Vaccination in Burma 1912-1922 - 1912-1922
Year: 1912
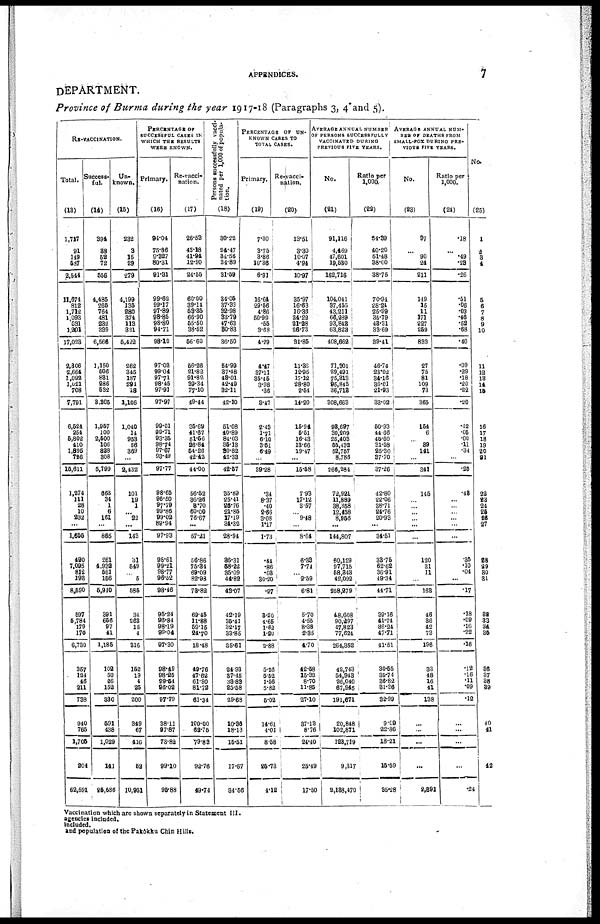
APPENDICES.
7
DEPARTMENT.
Province of Burma during the year 1917-18 (Paragraphs 3, 4 and 5).
RE-VACCINATION.
Total.
(13)
1,717
91
149
587
2,544
11,674
812
1,712
1,093
531
1,201
17,023
2,306
2,664
1,092
1,021
708
7,791
6,524
254
5,802
410
1,895
726
15,611
1,274
111
28
10
232
...
1,666
490
7,095
812
193
8,590
597
5,784
179
170
6,730
357
124
46
211
738
940
765
1,705
204
62,591
Success-
ful.
(14)
394
38
52
72
556
4,485
265
764
481
232
339
6,566
1,150
506
831
286
532
3,305
1,957
100
2,500
106
828
308
5,799
663
34
1
6
161
...
865
261
4,932
561
156
5,910
391
656
97
41
1,185
102
50
26
152
380
591
438
1,029
141
25,686
Un-
known.
(15)
232
8
15
29
279
4,199
135
280
374
113
321
5,422
262
345
187
291
18
1,106
1,040
14
953
56
369
...
2,432
101
19
1
...
22
...
143
31
549
...
5
585
31
263
15
4
316
152
19
4
25
200
349
67
416
52
10,951
PERCENTAGE OF
SUCCESSFUL CASES IN
WHICH THE RESULTS
WERE KNOWN.
Primary.
(16)
94.04
75.86
9.327
80.31
91.31
99.62
99.17
97.89
98.85
98.80
94.71
98.10
97.03
99.04
97.71
98.45
97.91
97.97
99.01
99.71
93.36
98.74
97.67
93.49
97.77
98.65
96.50
97.79
99.86
99.02
...
97.93
98.61
99.21
98.77
96.52
98.46
95.24
96.84
98.19
99.04
97.30
98.49
98.25
99.54
96.02
97.79
38.11
97.87
73.82
99.10
95.88
Re-vacci-
nation.
(17)
26.53
43.18
41.94
12.90
24.55
60.00
39.14
58.35
66.90
55.50
38.52
56.60
56.26
21.82
91.82
39.34
77.10
49.44
35.69
41.67
51.56
26.84
54.26
42.42
44.00
56.52
36.96
3.70
60.00
76.67
...
57.21
56.86
75.34
69.09
82.98
73.82
69.45
11.88
59.15
24.70
18.48
49.76
47.62
61.90
81.72
61.34
100.00
62.75
79.83
92.76
49.74
Persons successfully vacci-
nated per 1,000 of popula-
tion.
(18)
30.22
24.47
34.56
34.89
31.59
34.05
37.33
32.98
83.79
47.63
80.83
36.50
54.99
37.48
43.01
42.49
32.11
42.10
51.08
40.89
84.03
35.13
30.82
42.33
42.57
35.89
25.41
26.76
21.85
17.19
34.32
28.94
36.31
58.22
35.09
44.82
43.07
42.19
35.41
32.17
33.85
35.61
24.93
87.45
38.83
25.58
29.68
10.36
18.13
15.51
17.67
34.56
PERCENTAGE
OF
UN-
----- CASES TO
TOTAL CASES.
Primary.
(19)
7.30
3.75
3.86
10.36
6.91
16.64
29.56
4.86
50.99
.55
3.68
4.29
4.47
37.11
35.45
3.98
.36
3.47
2.13
1.71
6.10
3.51
6.49
...
39.28
.34
8.37
.40
2.66
3.08
1.17
1.73
.44
.86
.03
30.20
.97
3.20
4.65
1.62
1.20
2.88
5.26
5.52
1.56
5.82
5.02
14.61
4.01
8.58
25.73
4.12
Re-vacci-
nation.
(20)
13.51
3.30
10.07
4.94
10.97
35.97
16.63
16.36
34.22
21.28
26.73
31.85
11.36
12.95
17.12
28.80
2.54
14.20
15.94
5.51
16.43
13.66
19.47
...
15.58
7.93
17.12
3.57
...
9.48
...
8.64
6.33
7.74
...
2.59
6.81
5.70
4.55
8.38
2.35
4.70
42.58
15.32
8.70
11.85
27.10
37.13
8.76
24.40
25.49
17.50
AVERAGE ANNUAL NUMBER
OF PERSONS SUCCESSFULLY
VACCINATED DURING
PREVIOUS FIVE YEARS.
No.
(21)
91,116
4,469
47,601
19,530
162,716
104,041
37,455
43,211
66,289
93,843
63,823
108,662
71,901
29,491
75,313
95,845
36,713
308,663
93,697
30,209
25,403
55,432
52,757
8,786
266,284
72,921
11,889
38,358
12,458
8,956
...
144,807
60,129
97,715
58,343
42,092
258,279
48,608
90,297
47,823
77,624
264,352
12,743
54,943
26,040
67,945
191,671
20,848
102,871
123,719
9,317
2,138,470
Ratio per
1,000.
(22)
34.39
40.20
51.48
38.00
38.75
70.94
28.24
25.99
35.79
48.31
33.69
39.41
46.74
23.02
34.16
36.01
21.93
33.02
50.93
44.66
45.60
31.58
25.30
37.70
37.26
42.80
22.06
38.71
24.76
20.93
...
34.51
33.75
62.62
36.91
49.34
44.71
39.16
41.74
36.24
47.71
41.51
30.55
35.74
36.82
31.36
32.99
9.09
22.86
18.21
15.59
35.28
AVERAGE ANNUAL NUM-
BER OF DEATHS FROM
SMALL-POX DURING PRE-
VIOUS FIVE YEARS.
No.
(23)
97
...
90
24
211
149
15
11
171
227
259
833
27
75
81
109
73
365
154
6
...
39
141
...
341
145
...
...
...
...
...
...
120
31
11
...
163
46
36
42
73
196
33
48
16
41
138
...
...
...
...
2,391
Ratio per
1,000.
(24)
.18
...
.49
.23
.26
.51
.06
.03
.46
.52
.68
.40
.09
.29
.18
.20
.22
.20
.42
.05
.00
.11
.34
...
.25
.43
...
...
...
...
...
...
.35
.10
.04
...
.17
.18
.09
.16
.22
.16
.12
.16
.11
.09
.12
...
...
...
...
.24
No.
(25)
1
2
3
4
5
6
7
8
9
10
11
12
13
14
15
16
17
18
19
20
21
22
23
24
25
26
27
28
29
30
31
32
33
34
35
36
37
38
39
40
41
42
Vaccination which are shown separately in Statement III.
agencies included.
included.
and population of the Pakôkku Chin Hills.